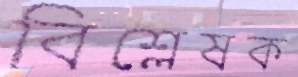
বিশ্লেষক